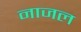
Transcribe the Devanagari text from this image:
नाजल